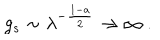
LaTeX: g _ { s } \sim \lambda ^ { - { \frac { 1 - a } { 2 } } } \to \infty \ .